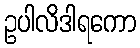
ဥပါလိဒါရကော